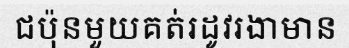
ជប៉ុនមួយគត់រដូវរងាមាន